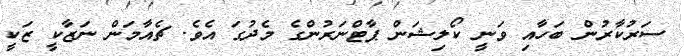
ސަރުކާރުން ބަހާއި ވަނީ ކޯލިޝަން ޕާޓްނަރުންގެ މެދުގަ އެވެ. ޗެއާމަން ނަޒާކީ ޒަކީ